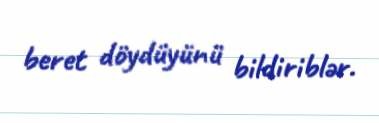
beret döydüyünü bildiriblər.